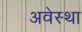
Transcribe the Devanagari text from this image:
अवेस्था